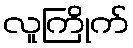
လူကြိုက်